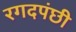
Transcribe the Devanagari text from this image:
रगदपंछी